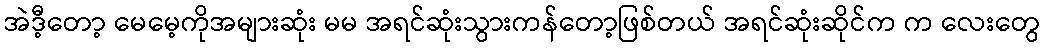
အဲဒီ့တော့ မေမေ့ကိုအများဆုံး မမ အရင်ဆုံးသွားကန်တော့ဖြစ်တယ် အရင်ဆုံးဆိုင်က က လေးတွေ